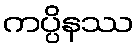
ကပ္ပိနဿ